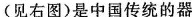
(见右图)是中国传统的器